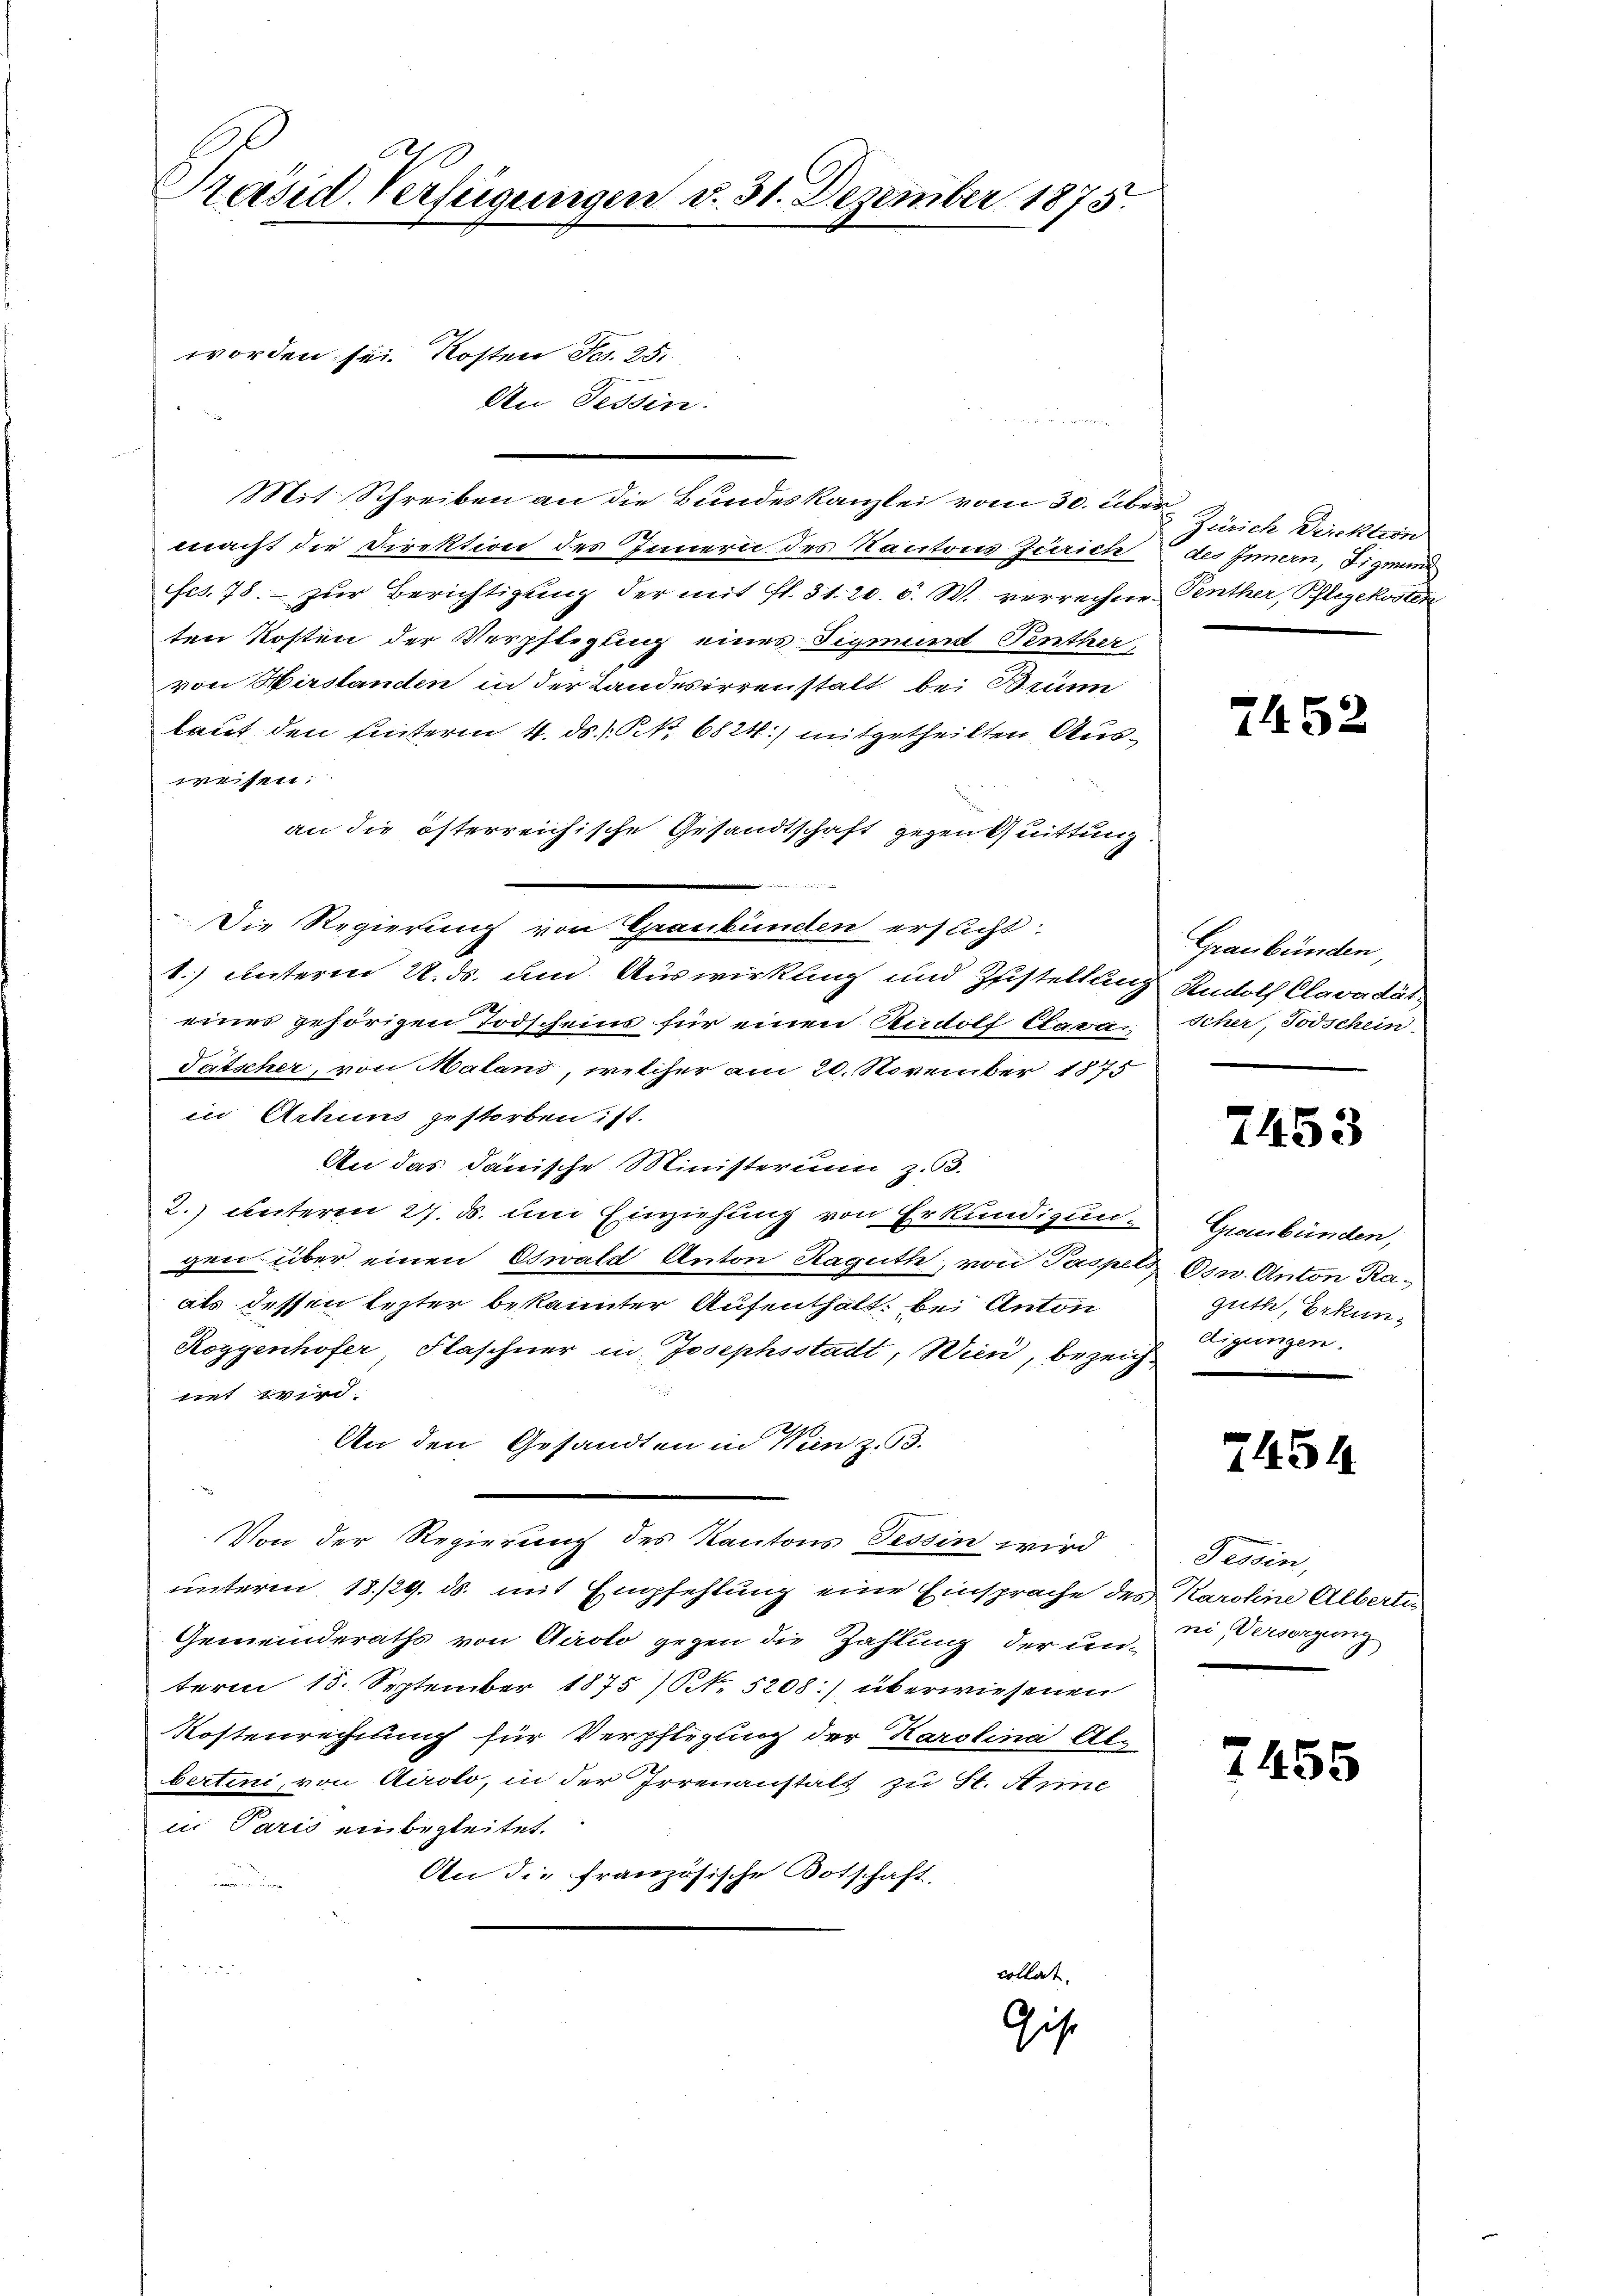
Präsid-Verfügungen d. 31. Dezember 1875.

worden: sei. Kosten Fr. 25.
An Tessin.

Mit Schreiben an die Bundeskanzlei vom 30. über
macht die Direktion des Innern des Nacitons Zürich
Ffes. 78. zur Berichtigung der mit fl. 31. 20. d. W. verrechne
ten Kosten der Verpflegung eines Sigmund Pinther,
von Hirslanden in der Landesirren statt bei Bein
lauf den hinterm 4. ds P. Nr. 6824) mitgetheilten Ausweisen.
an die österreichische Gesandtschaft gegen Quittung.
Die Regierung von Graubünden ersucht
1.) unterm 22. ds. und Auswirkling und Zustellung Rudolf Clavadät
eines gehörigen Todscheins für einen Rudolf Cava¬
Tätscher, von Malans, welcher am 20. November 1875
in Achius gestorben ist.
An das Janische Ministerium z. 3.
2. unterm 27. ds. um Einziehung von Erkundigun-Graubünden,
gen über einen Oswald Anton Raguth, von Paspet Osn. Anton Raals dessen lezter bekannter Aufenthalt: bei Anton
Roggenhofer Flaschner in Josephsstadt, Wien, bezeich¬
.
rirt wird.
An den Gesandten in Wien z. B.
Von der Regierung des Kantons Tessin wird
unterm 18./29. ds. mit Empfehlung eine Einsprache des Karoline Alberti¬
Gemeinderaths von Airolo gegen die Zahlung der un-
term 15. September 1875) S. 5208) überwiesenen
Kostenrechnung für Verpflegung der Karolina Al-
berteni, von Airolo, in der Irrenanstalt zu St. Anne
in Paris einbegleitet.
An die französische Botschaft,

Gise

collat.

Zürich Direktion
des Innern, Sigmund
Penther, Pflegekosten

7452

Graubünden,
Scher, Todschein.

7453

guth, Erkundigungen.

2454.

Tessin,
ni, Versorgung

7455